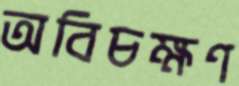
অবিচক্ষণ